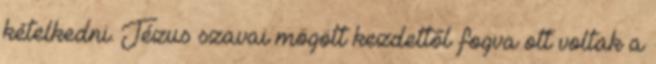
kételkedni. Jézus szavai mögött kezdettől fogva ott voltak a